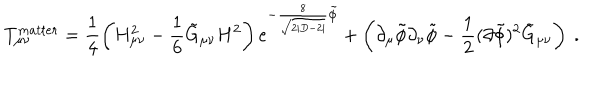
T _ { \mu \nu } ^ { m a t t e r } = \frac { 1 } { 4 } \left( H _ { \mu \nu } ^ { 2 } - \frac { 1 } { 6 } \tilde { G } _ { \mu \nu } H ^ { 2 } \right) e ^ { - \frac { 8 } { \sqrt { 2 | D - 2 | } } \tilde { \phi } } + \left( \partial _ { \mu } \tilde { \phi } \partial _ { \nu } \tilde { \phi } - \frac { 1 } { 2 } ( \partial \tilde { \phi } ) ^ { 2 } \tilde { G } _ { \mu \nu } \right) ~ .